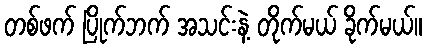
တစ်ဖက် ပြိုက်ဘက် အသင်းနဲ့ တိုက်မယ် ခိုက်မယ်။